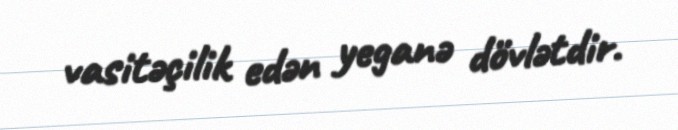
vasitəçilik edən yeganə dövlətdir.